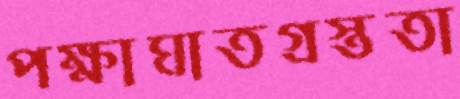
পক্ষাঘাতগ্রস্ততা